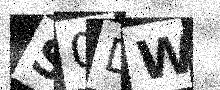
Text: S0DW